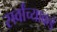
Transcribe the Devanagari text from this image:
सर्वांच्याकडे